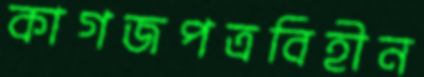
কাগজপত্রবিহীন